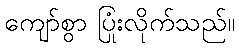
ကျော်စွာ ပြုံးလိုက်သည်။